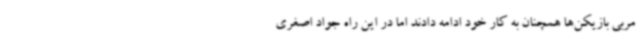
مربی بازیکن‌ها همچنان به کار خود ادامه دادند اما در این راه جواد اصغری